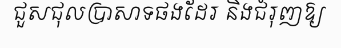
ជួសជុលប្រាសាទផងដែរ និងជំរុញឱ្យ